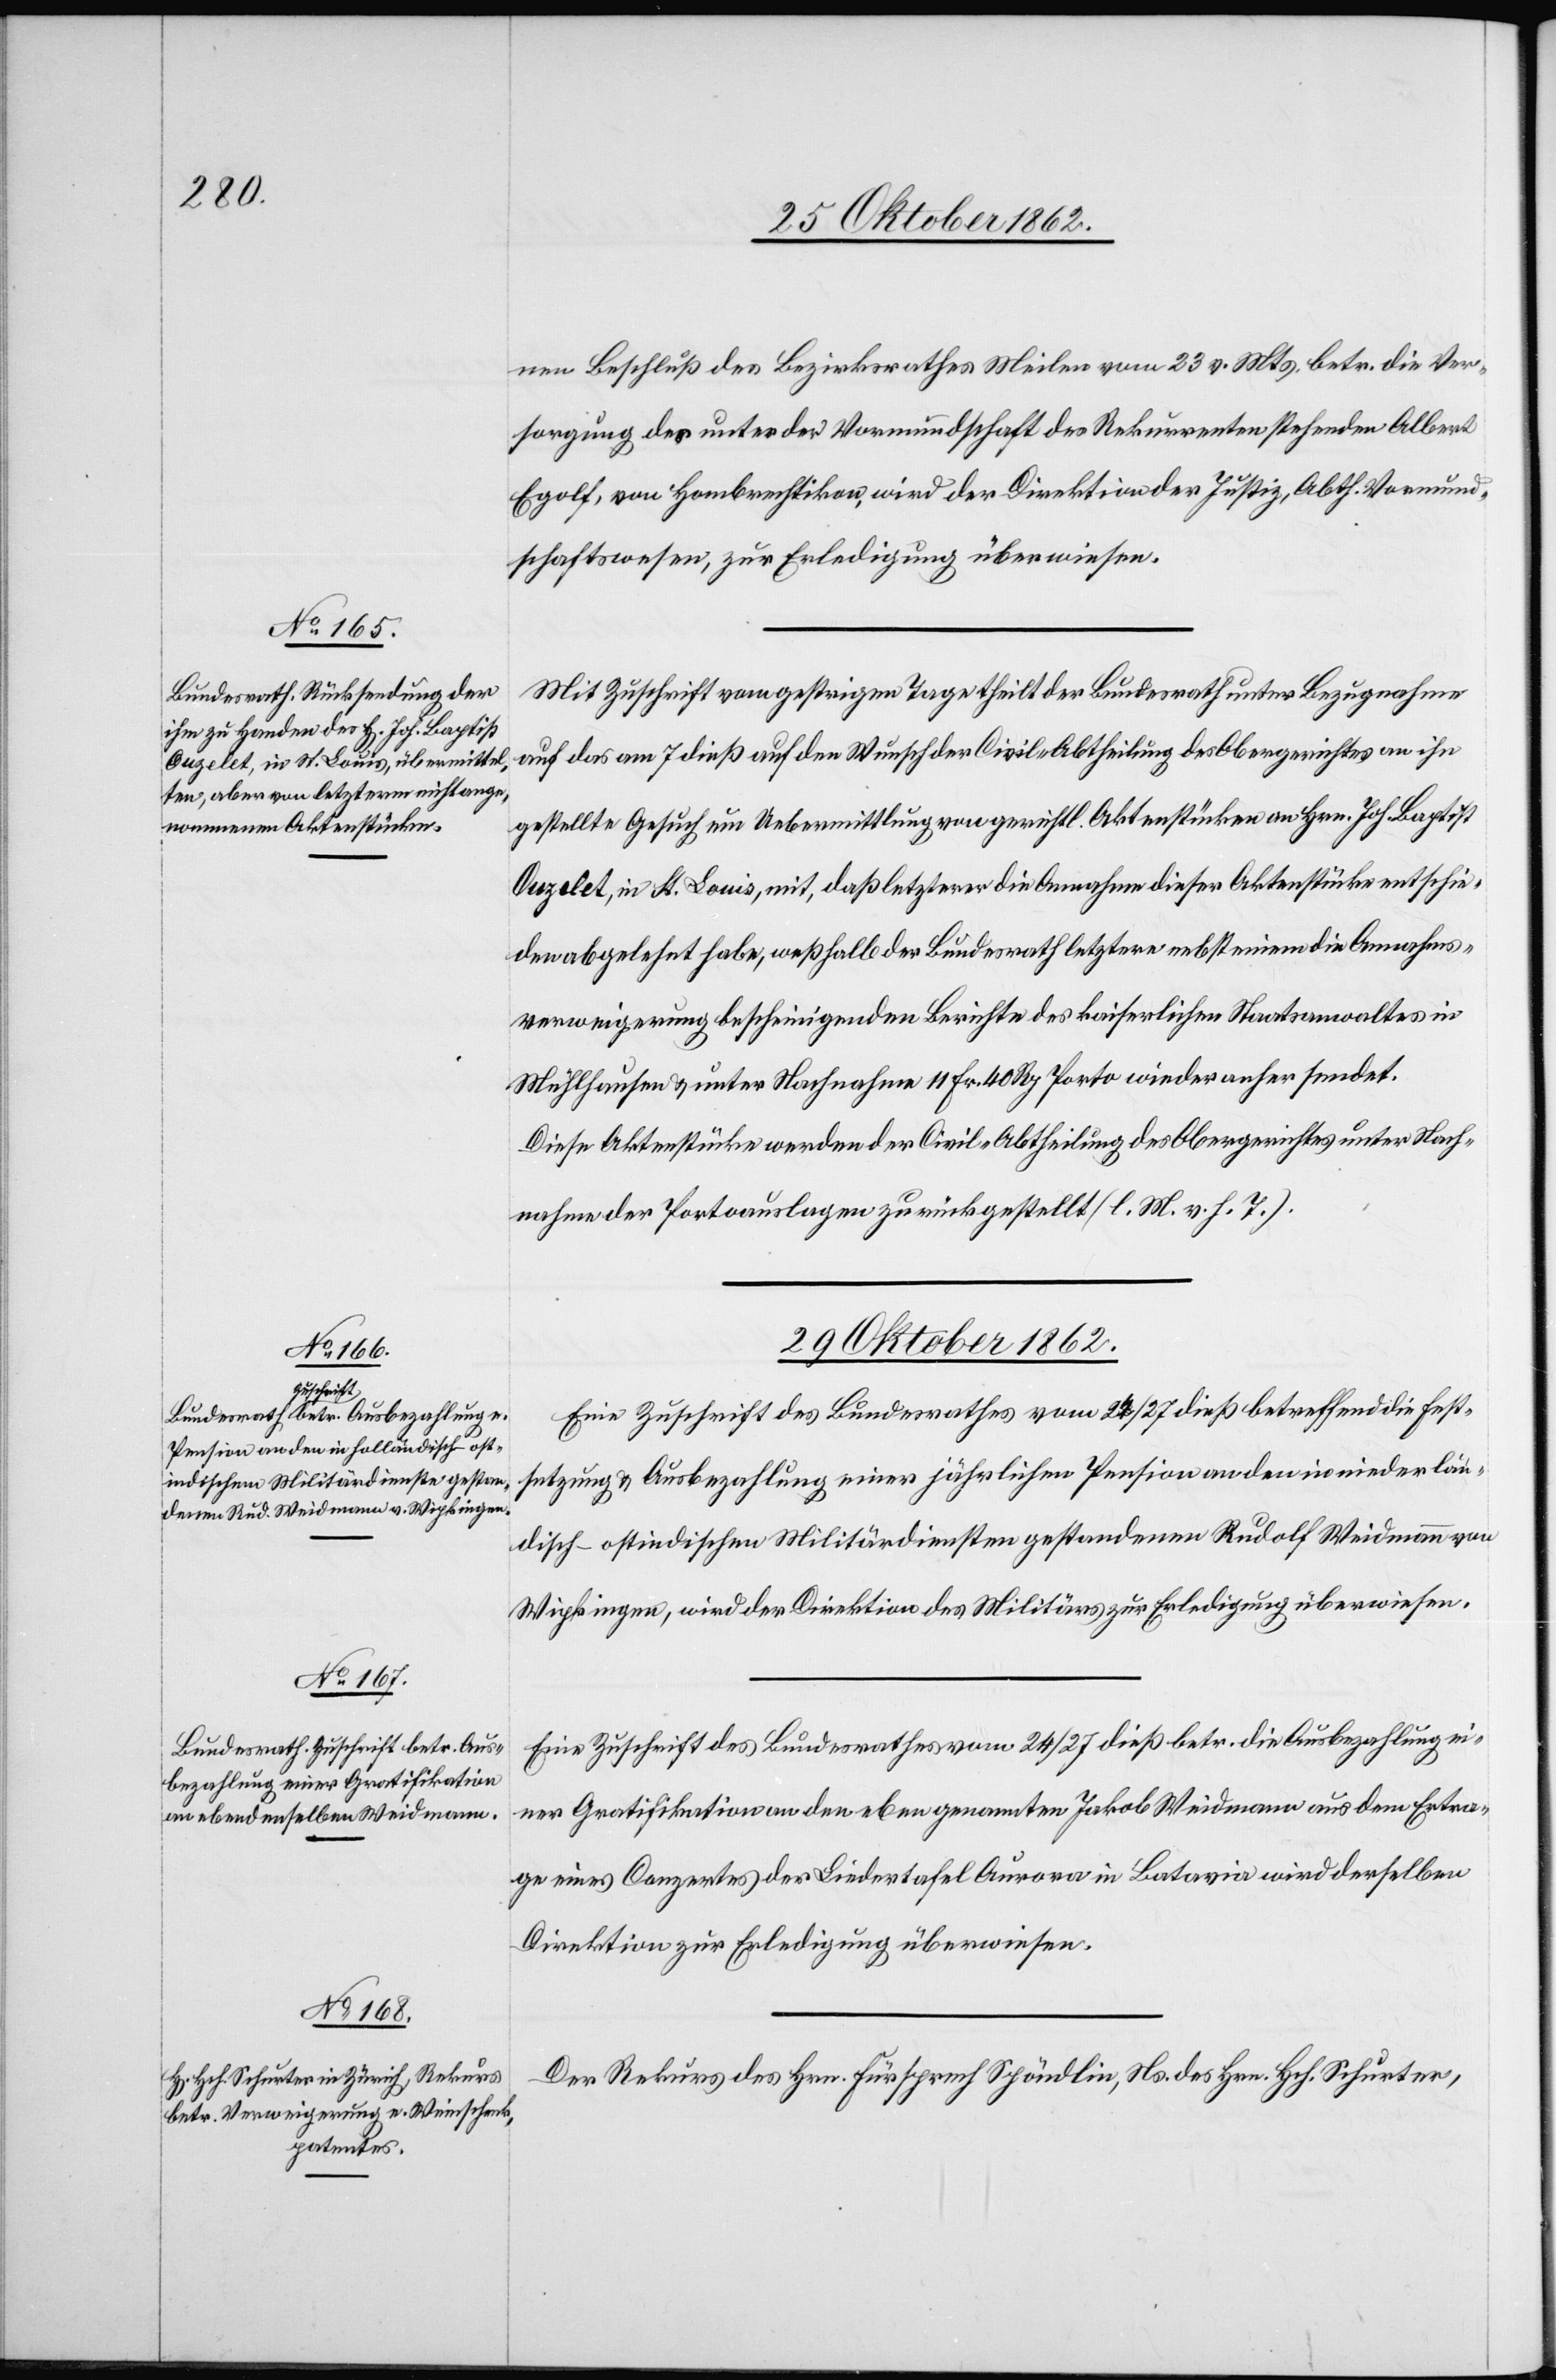
27. Oktober 1862.]
nen Beschluß des Bezirksrathes Meilen vom 23. v. Mts. betr. die Ver¬
sorgung des unter der Vormundschaft des Rekurrenten stehenden Albert
Egolf, von Hombrechtikon, wird der Direktion der Justiz, Abth. Vormund¬
schaftswesen, zur Erledigung überwiesen.
Mit Zuschrift vom gestrigen Tage theilt der Bundesrath unter Bezugnahme
auf das am 7. dieß auf den Wunsch der Civil-Abtheilung des Obergerichtes an ihn
gestellte Gesuch um Uebermittlung von gerichtl. Aktenstücken an Hrn. Joh. Baptist
Ouzelet, in St. Louis, mit, daß letzterer die Annahme dieser Aktenstücke entschie¬
den abgelehnt habe, weßhalb der Bundesrath letztere nebst einem die Annahms¬
verweigerung bescheinigenden Berichte des kaiserlichen Staatsanwaltes in
Mühlhausen u. unter Nachnahme 11 Fr. 40 Rp. Porto wieder anher sendet.
Diese Aktenstücke werden der Civil-Abtheilung des Obergerichtes unter Nach¬
nahme der Portoauslagen zurück gestellt. (l. M. v. h. T.)
29. Oktober 1862.]
Eine Zuschrift des Bundesrathes vom 2[4?] / 27. dieß betreffend Fest¬
setzung u. Ausbezahlung einer jährlichen Pension an den in niederlän¬
disch-ostindischen Militärdiensten gestandene Rudolf Weidmann von
Wipkingen, wird der Direktion des Militärs zur Erledigung überwiesen.
Eine Zuschrift des Bundesrathes vom 24/27. dieß betr. die Ausbezahlung ei¬
ner Gratifikation des eben genannten Jakob Weidmann aus dem Ertra¬
ge eines Conzertes der Liedertafel Aurora in Batavia wird derselben
Direktion zur Erledigung überwiesen.
Der Rekurs des Hrn. Fürsprech Spöndlin, Ns. des Hrn. Hch. Schurter,